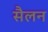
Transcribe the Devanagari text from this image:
सैलन